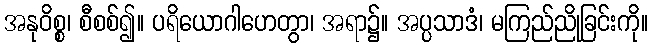
အနုဝိစ္စ၊ စီစစ်၍။ ပရိယောဂါဟေတွာ၊ အရာ၌။ အပ္ပသာဒံ၊ မကြည်ညိုခြင်းကို။